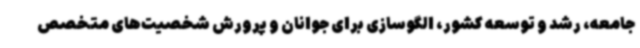
جامعه، رشد و توسعه کشور، الگوسازی برای جوانان و پرورش شخصیت‌های متخصص